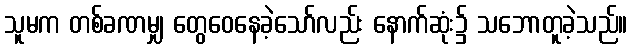
သူမက တစ်ခဏမျှ တွေဝေနေခဲ့သော်လည်း နောက်ဆုံး၌ သဘောတူခဲ့သည်။